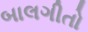
બાલગીતો